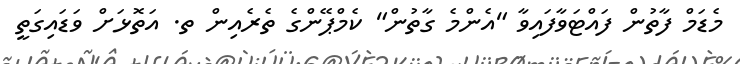
މެޑަމް ފާތުން ފައްޓަވާފައިވާ "އެންމެ ގާތުން" ކެމްޕޭންގެ ތެރެއިން ތ. އަތޮޅަށް ވަޑައިގަތީ